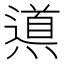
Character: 𲅾